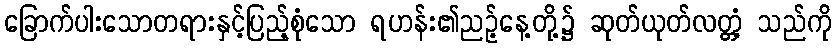
ခြောက်ပါးသောတရားနှင့်ပြည့်စုံသော ရဟန်း၏ညဉ့်နေ့တို့၌ ဆုတ်ယုတ်လတ္တံ့ သည်ကို